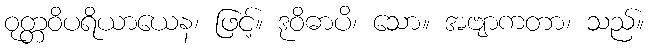
ဝုတ္တဝိပရိယာယေန၊ ဖြင့်။ ဒုဝိဓာပိ၊ သော။ အဗျာကတာ၊ သည်။